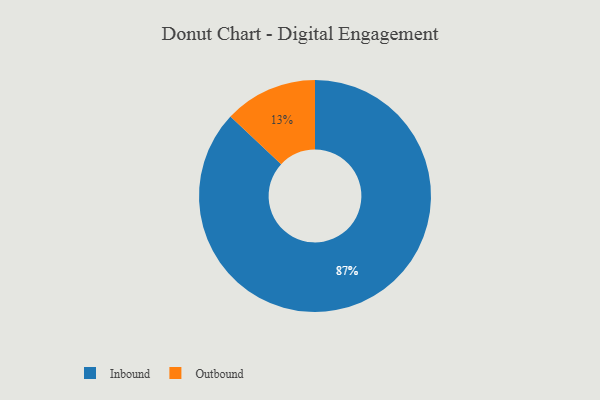
{"axis": {"x": "Category", "y": "Percentage"}, "legend": ["Inbound", "Outbound"], "data": [{"x": "Inbound", "y": 87, "type": "Inbound"}, {"x": "Outbound", "y": 13, "type": "Outbound"}]}